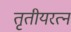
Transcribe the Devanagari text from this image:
तृतीयरत्न